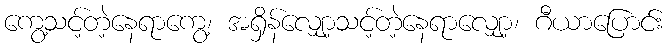
ကွေ့သင့်တဲ့နေရာကွေ့၊ အရှိန်လျှော့သင့်တဲ့နေရာလျှော့၊ ဂီယာပြောင်း